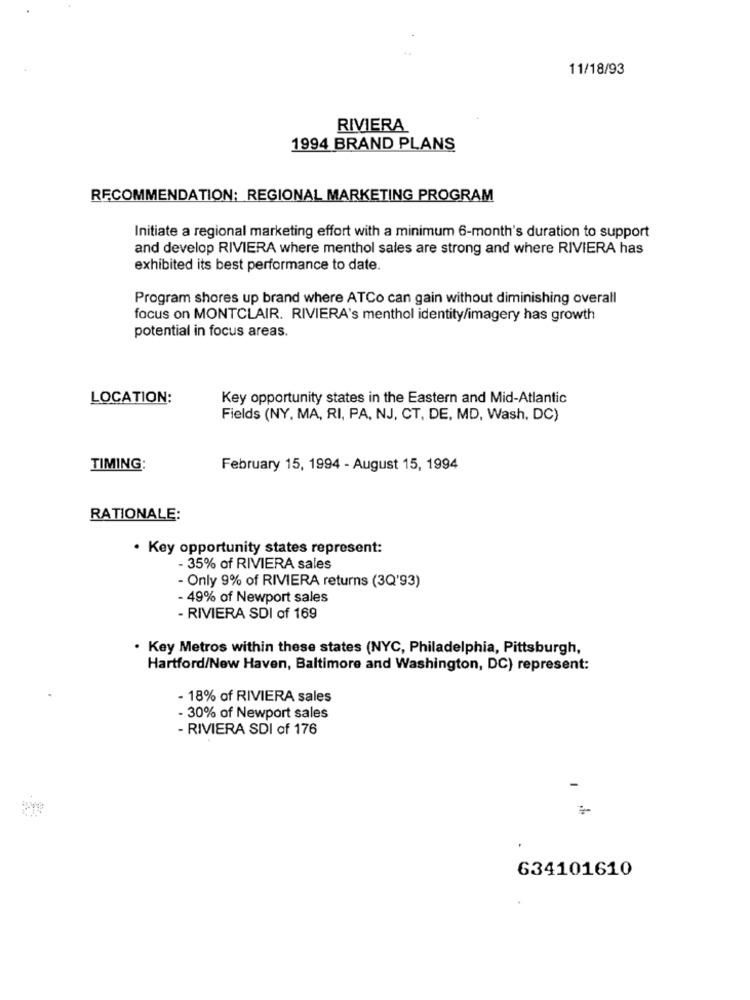
11/18/93
RIVIERA
1994 BRAND PLANS
RECOMMENDATION: REGIONAL MARKETING PROGRAM
Initiate a regional marketing effort with a minimum 6-month's duration to support
and develop RIVIERA where menthol sales are strong and where RIVIERA has
exhibited its best performance to date.
Program shores up brand where ATCo can gain without diminishing overall
focus on MONTCLAIR. RIVIERA's menthol identity/imagery has growth
potential in focus areas.
LOCATION:
Key opportunity states in the Eastern and Mid-Atlantic
Fields (NY, MA, RI, PA, NJ, CT, DE, MD, Wash, DC)
TIMING:
February 15, 1994 - August 15, 1994
RATIONALE:
. Key opportunity states represent:
- 35% of RIVIERA sales
- Only 9% of RIVIERA returns (3Q'93)
- 49% of Newport sales
- RIVIERA SDI of 169
. Key Metros within these states (NYC, Philadelphia, Pittsburgh,
Hartford/New Haven, Baltimore and Washington, DC) represent:
- 18% of RIVIERA sales
- 30% of Newport sales
- RIVIERA SDI of 176
-
634101610